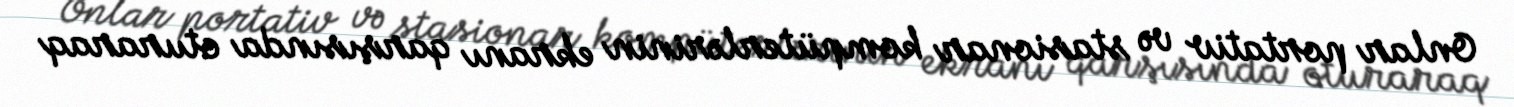
Onlar portativ və stasionar kompüterlərinin ekranı qarşısında oturaraq